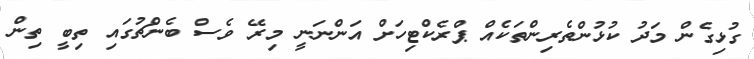
ގުޅިގެން މަދު ކުޅުންތެރިންތަކެއް ޕްރެކްޓިހަށް އަންނަނީ މިރޭ ވެސް ބެންޗުގައި ތިބީ ތިން